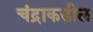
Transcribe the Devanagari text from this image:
चंद्राकडील